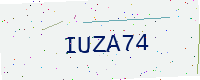
Text: IUZA74